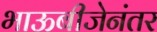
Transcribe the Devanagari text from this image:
भाऊबीजेनंतर